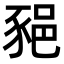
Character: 𨛛